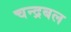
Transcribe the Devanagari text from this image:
चन्द्रबल